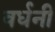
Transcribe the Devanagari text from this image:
वर्धनी